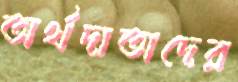
অর্থদাতাদের